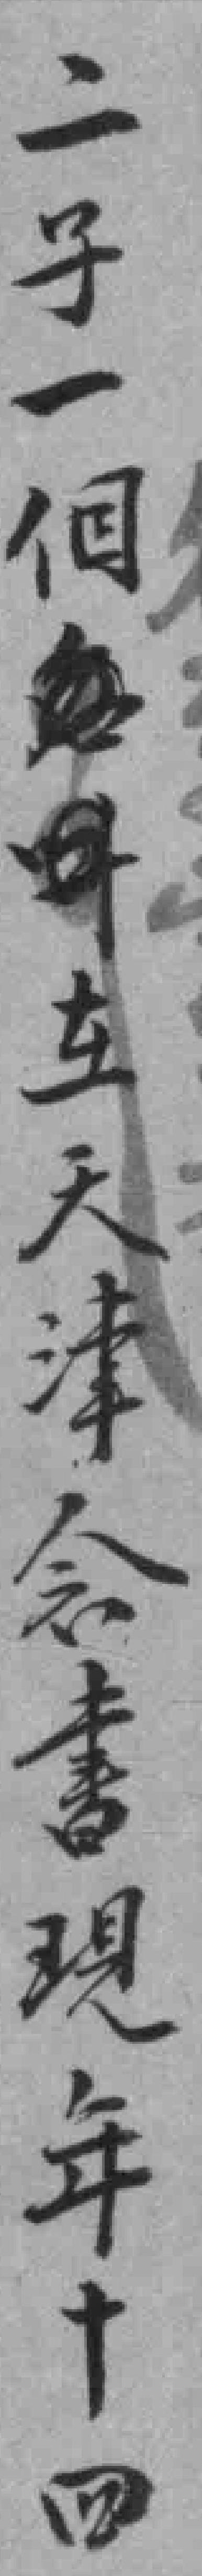
二子一個在天津念書現年十四